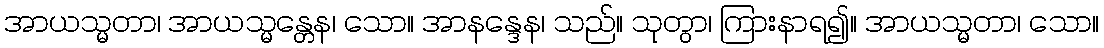
အာယသ္မတာ၊ အာယသ္မန္တေန၊ သော။ အာနန္ဒေန၊ သည်။ သုတွာ၊ ကြားနာရ၍။ အာယသ္မတာ၊ သော။